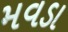
મવડા